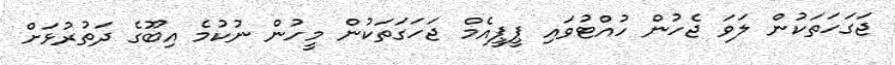
ޖަގަހަތަކުން ލަވަ ޖެހުން ހުއްޓުވައި ޕީޕީއެމް ޖަހަގަތަކުން މީހުން ނުކުމެ އިބޫގެ ދަތުރުޅަށް